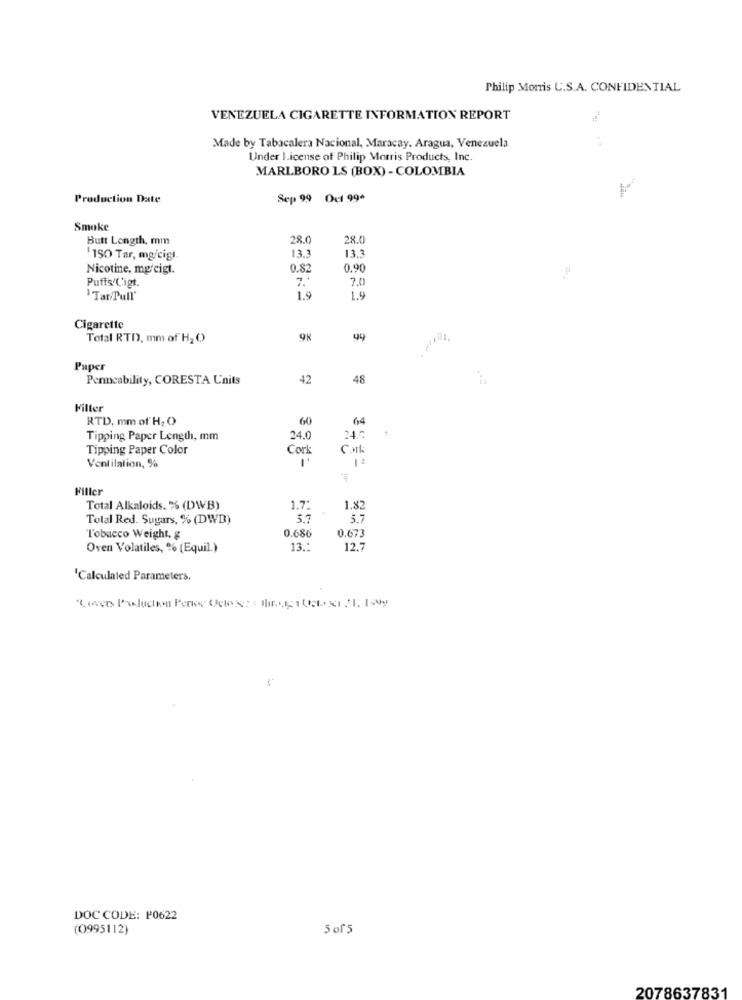
Philip Morris U.S.A. CONFIDENTIAL
VENEZUELA CIGARETTE INFORMATION REPORT
. .
Made by Tabacalera Nacional, Maracay. Aragua, Venezuela
Under License of Philip Morris Products, Inc.
MARLBORO LS (BOX) - COLOMBIA
Production Date
Sep 99 Oct 99+
Smoke
Butt Length, mm
28.0
28.0
13.3
13.3
150 Tar, mg/cigl.
Nicotine, mg/cigt.
0.82
0.90
-
Puffs'C'igt
7.
7.0
"Tar/Pull'
1.9
1.9
Cigarette
Total RTD, mm of H2 O))
Paper
Penncability, CORESTA Units
42
48
Filter
RTD. mm of H2 O
60
64
Tipping Paper Length, mm
24.0
Tipping Paper Color
Cork
Ventilation, %
Filler
Total Alkaloids. % (DWB)
1.7:
1.82
Total Red. Sugars, % (DWD)
5.7
5.7
0.686
Tobacco Weight. g
0.673
Oven Volatiles, % (Equil.)
13 .:
12.7
'Calculated Parameters,
DOC CODE: P0622
(0995112)
5of5
2078637831